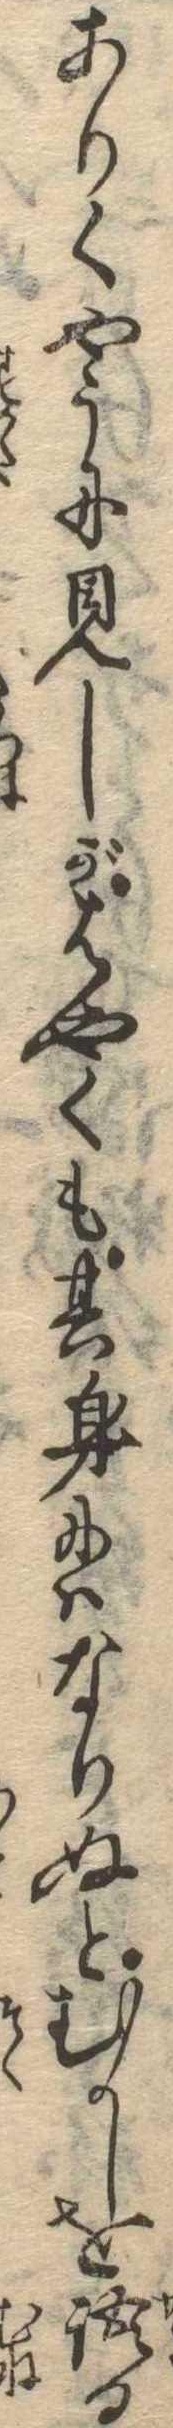
ありくやうに見しがはやくも其身にはなりぬとむかしを語る